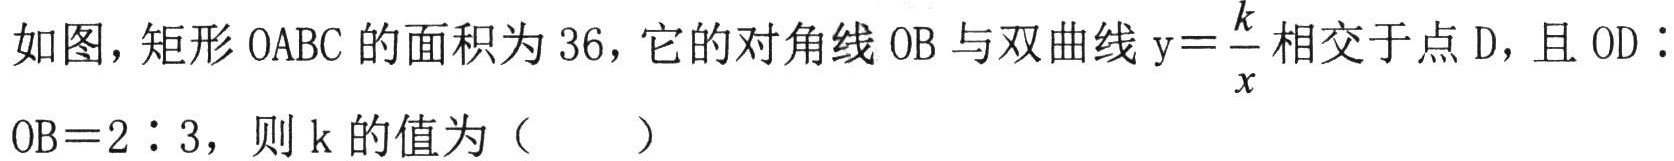
如图，矩形OABC的面积为36，它的对角线OB与双曲线$\mathrm{y}=\frac{k}{x}$相交于点D，且OD∶OB＝2∶3，则k的值为（  ）